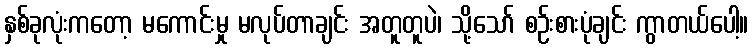
နှစ်ခုလုံးကတော့ မကောင်းမှု မလုပ်တာချင်း အတူတူပဲ၊ သို့သော် စဉ်းစားပုံချင်း ကွာတယ်ပေါ့။